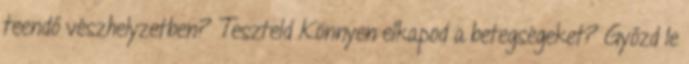
teendő vészhelyzetben? Teszteld Könnyen elkapod a betegségeket? Győzd le